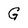
Character: G